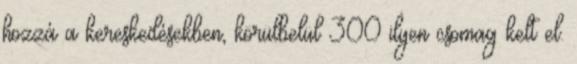
hozzá a kereskedésekben, körülbelül 300 ilyen csomag kelt el.